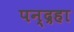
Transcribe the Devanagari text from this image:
पन्द्रहा